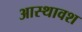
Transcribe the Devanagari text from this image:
आस्थावश